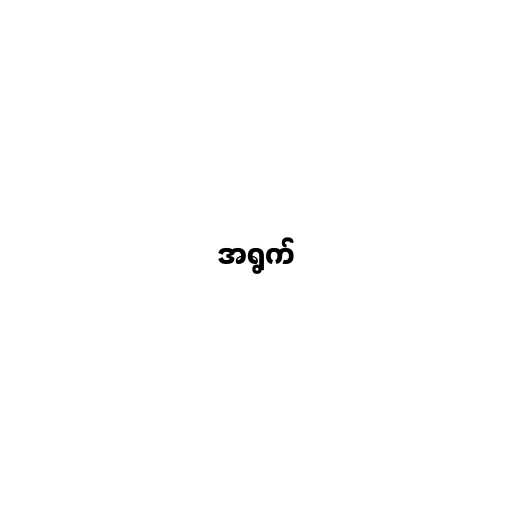
အရွက်